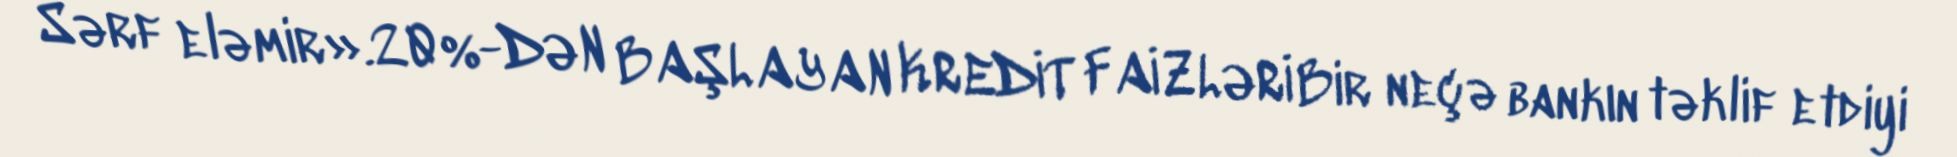
Sərf eləmir».20%-DƏN BAŞLAYAN KREDİT FAİZLƏRİBir neçə bankın təklif etdiyi